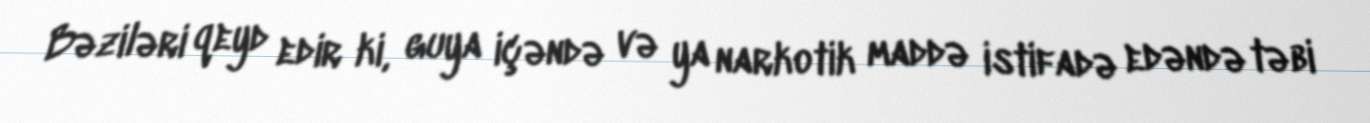
Bəziləri qeyd edir ki, guya içəndə və ya narkotik maddə istifadə edəndə təbi